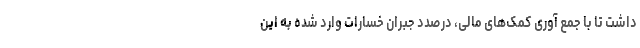
داشت تا با جمع آوری کمک‌های مالی، درصدد جبران خسارات وارد شده به این